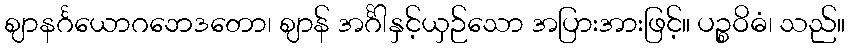
ဈာနင်္ဂယောဂဘေဒတော၊ ဈာန် အင်္ဂါနှင့်ယှဉ်သော အပြားအားဖြင့်။ ပဉ္စဝိဓံ၊ သည်။